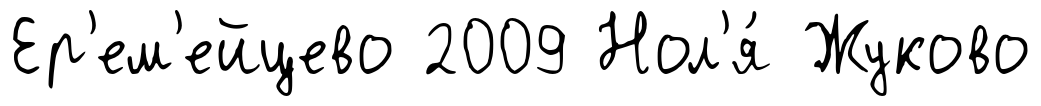
Ер'ем'ейцево 2009 Нол'я́ Жуково